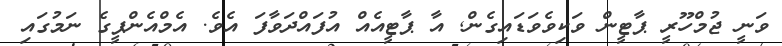
ވަނީ ޖުމްހޫރީ ޕާޓީން ވަކިވެވަޑައިގެން